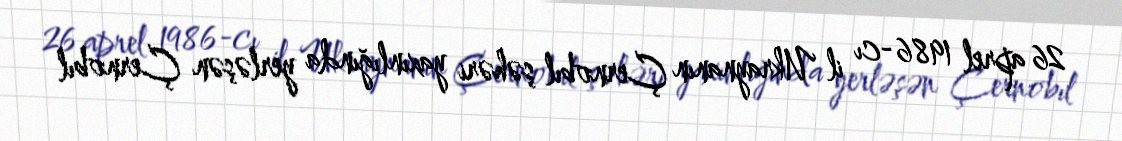
26 aprel 1986-cı il Ukraynanın Çernobıl şəhəri yaxınlığında yerləşən Çernobıl